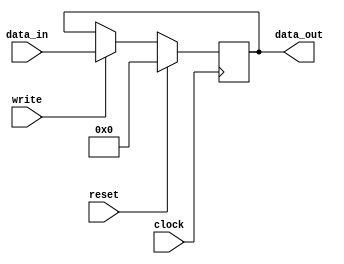
module register (clock, reset, write, data_in, data_out) ;
  parameter n = 32 ;
  input clock, reset, write ;
  input [n - 1 : 0] data_in ;
  output reg [n - 1 : 0] data_out ;

  always @(posedge clock)
  begin

    if (reset == 1)
      data_out <= 0 ;

    else if (write == 1)
      data_out <= data_in ;

    else
      data_out <= data_out ;

  end

endmodule